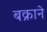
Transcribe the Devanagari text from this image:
बक्राने